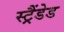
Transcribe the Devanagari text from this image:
स्ट्रैंडेड